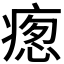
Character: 𭼚